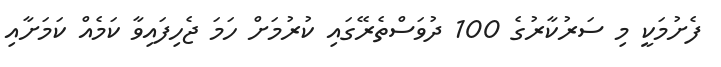
ފެށުމަކީ މި ސަރުކާރުގެ 100 ދުވަސްތެރޭގައި ކުރުމަށް ހަމަ ޖެހިފައިވާ ކަމެއް ކަމަށާއި